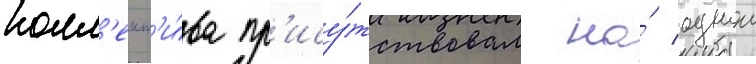
колл'ект'и́ва пр'ису́тствовал на́ однои